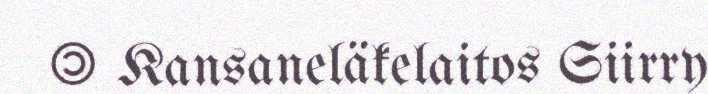
© Kansaneläkelaitos Siirry